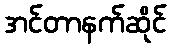
အင်တာနက်ဆိုင်